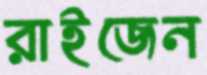
রাইজেন